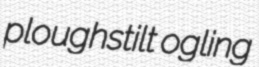
ploughstilt ogling